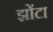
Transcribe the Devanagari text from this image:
झोंटा